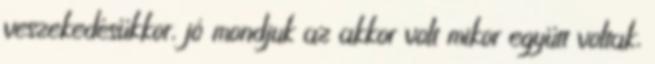
veszekedésükkor, jó mondjuk az akkor volt mikor együtt voltak,